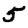
Digit: 5